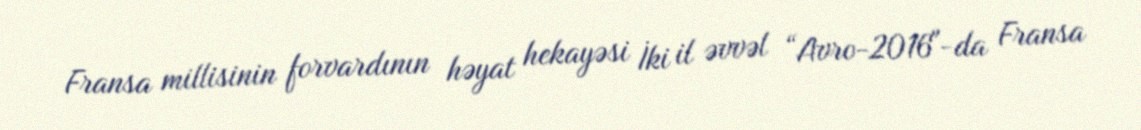
Fransa millisinin forvardının həyat hekayəsi İki il əvvəl “Avro-2016"-da Fransa